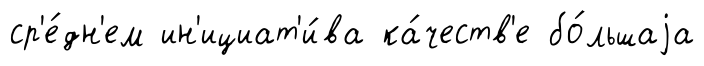
ср'е́дн'ем ин'ициат'и́ва ка́честв'е бо́льшаjа